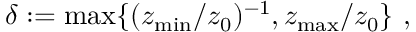
\delta : = \mathrm { m a x } \{ ( z _ { \mathrm { m i n } } / z _ { 0 } ) ^ { - 1 } , z _ { \mathrm { m a x } } / z _ { 0 } \} ~ ,